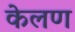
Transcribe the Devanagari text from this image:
केलण